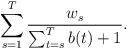
LaTeX: \begin{align*} \sum_{s=1}^T\frac{w_s}{\sum_{t=s}^Tb(t)+1}. \end{align*}